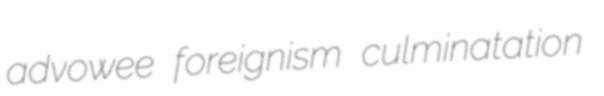
advowee foreignism culminatation